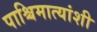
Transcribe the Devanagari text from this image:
पाश्चिमात्यांशी